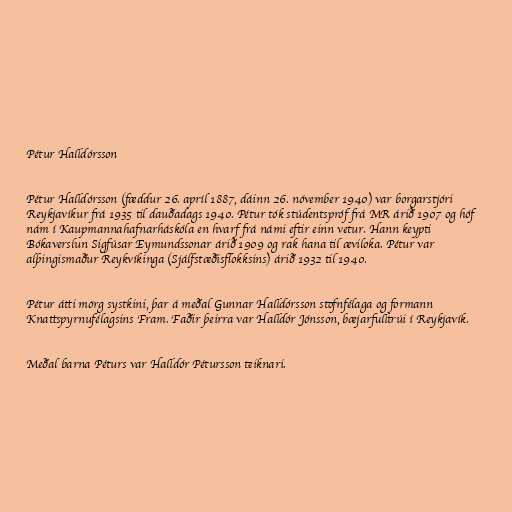
Pétur Halldórsson

Pétur Halldórsson (fæddur 26. apríl 1887, dáinn 26. nóvember 1940) var borgarstjóri
Reykjavíkur frá 1935 til dauðadags 1940. Pétur tók stúdentspróf frá MR árið 1907 og hóf
nám í Kaupmannahafnarháskóla en hvarf frá námi eftir einn vetur. Hann keypti
Bókaverslun Sigfúsar Eymundssonar árið 1909 og rak hana til æviloka. Pétur var
alþingismaður Reykvíkinga (Sjálfstæðisflokksins) árið 1932 til 1940.

Pétur átti mörg systkini, þar á meðal Gunnar Halldórsson stofnfélaga og formann
Knattspyrnufélagsins Fram. Faðir þeirra var Halldór Jónsson, bæjarfulltrúi í Reykjavík.

Meðal barna Péturs var Halldór Pétursson teiknari.